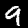
Digit: 9